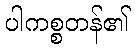
ပါကစ္စတန်၏